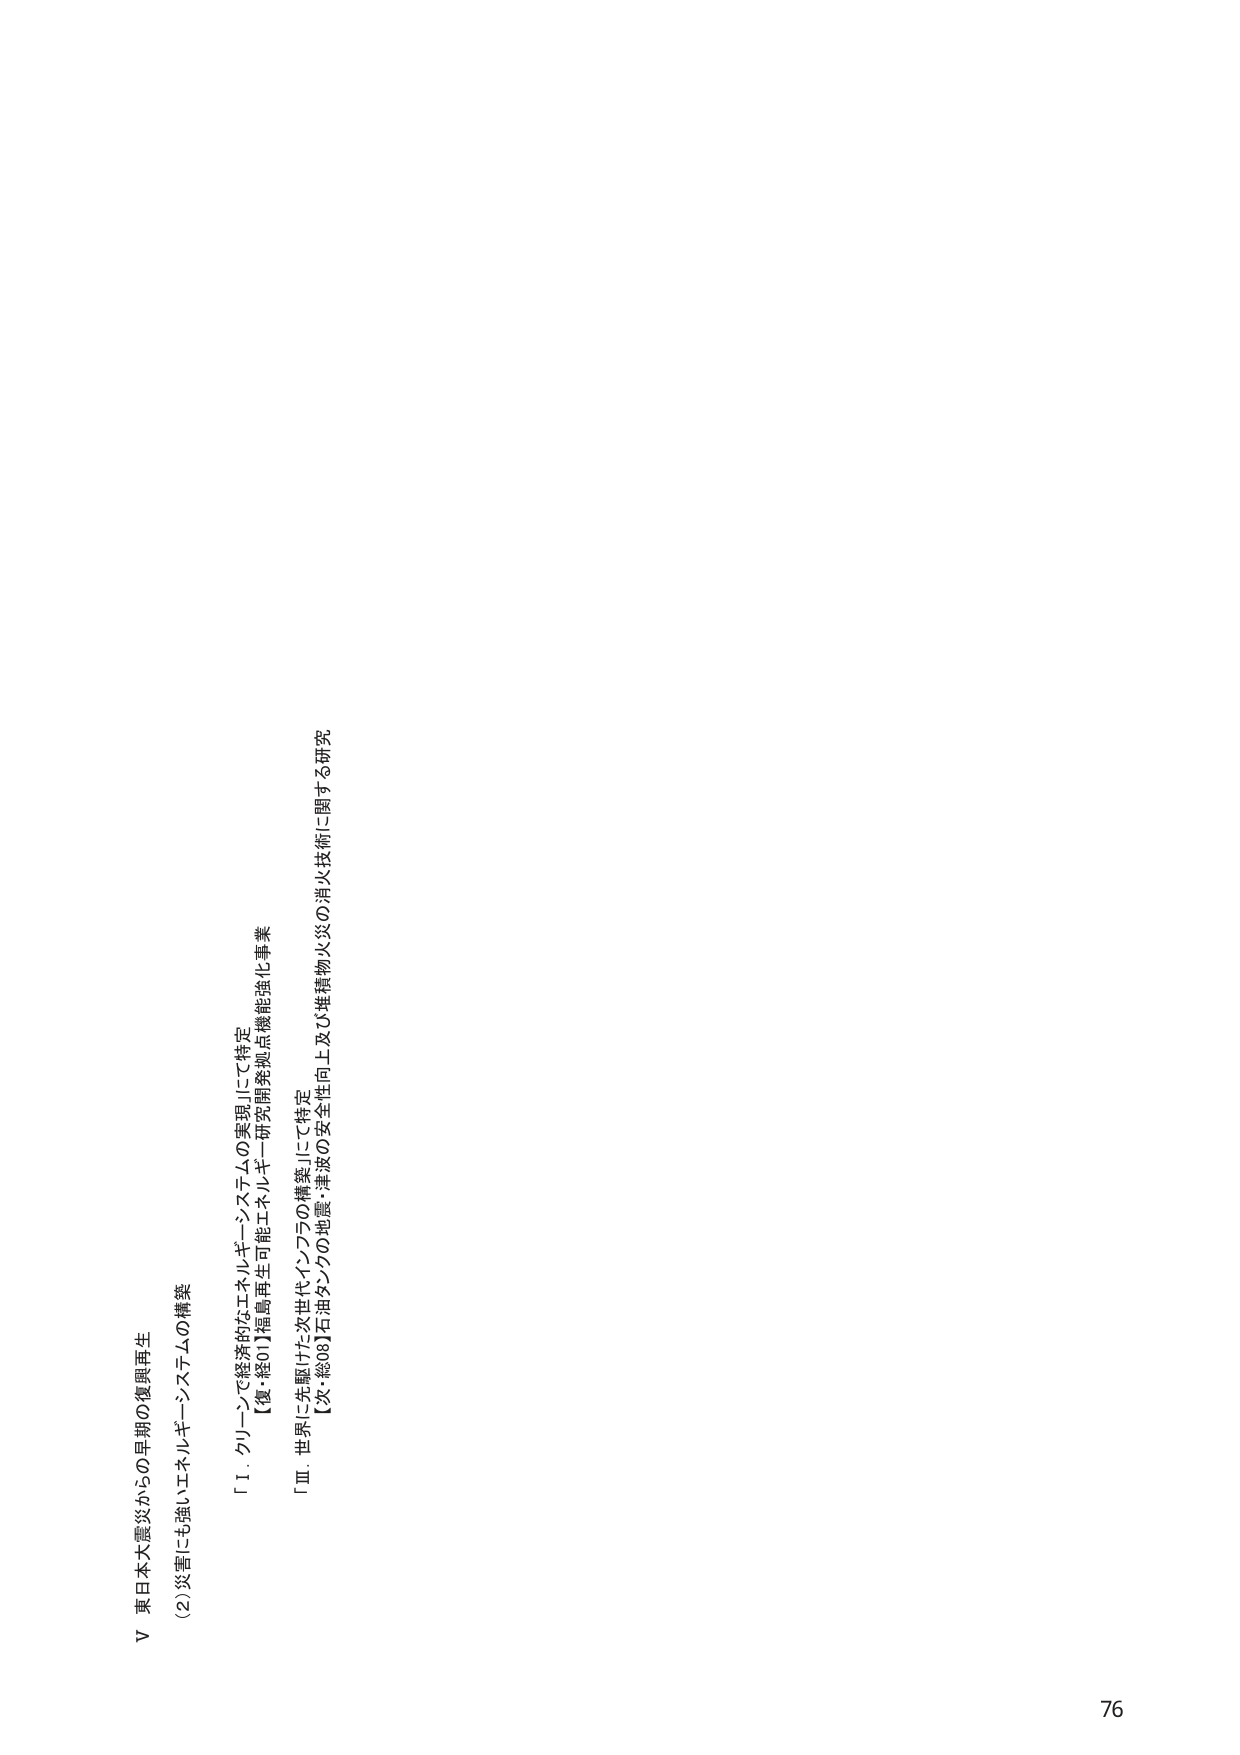
V 東日本大震災からの早期の復興再生
(2)災害にも強いエネルギー・システムの構築

「Ⅰ．グリーンで経済的なエネルギー・システムの実現」にて特定
【復・総01】福島再生可能エネルギー研究開発拠点機能強化事業

「Ⅲ．世界に先駆けた次世代インフラの構築」にて特定
【次・総08】石油タンクの地震・津波の安全性向上及び堆積物火災の消火技術に関する研究

76